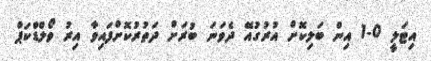
އިޓަލީ 0-1 އިން ބަލިކޮށް އުރުގުއޭ ދެވަނަ ބުރަށް ދަތުރުކޮށްފައިވާ އިރު ވޯލްޑްކަޕް